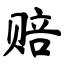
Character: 赔